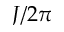
J / 2 \pi